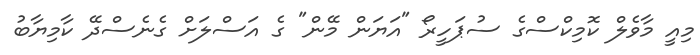
މިއީ މާވެލް ކޮމިކްސްގެ ސުޕަހީރޯ "އަޔަން މޭން" ގެ އަސްލަށް ގެނެސްދޭ ކާމިޔާބު